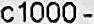
C1000-